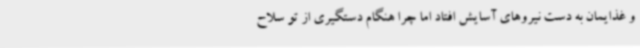
و غذایمان به دست نیروهای آسایش افتاد اما چرا هنگام دستگیری از تو سلاح